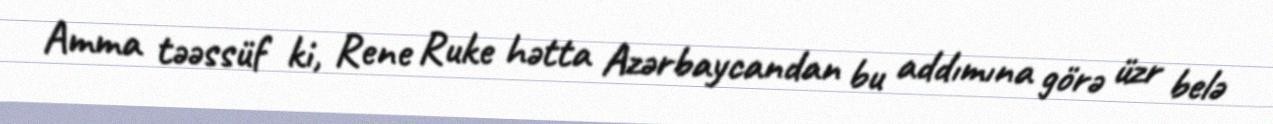
Amma təəssüf ki, Rene Ruke hətta Azərbaycandan bu addımına görə üzr belə